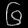
Digit: ၆